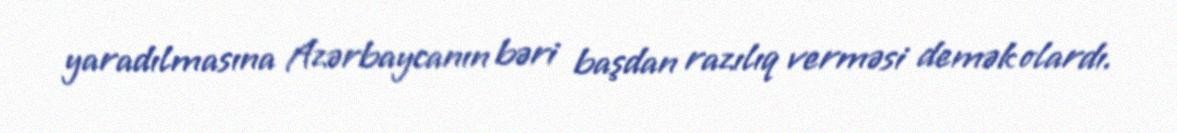
yaradılmasına Azərbaycanın bəri başdan razılıq verməsi demək olardı.